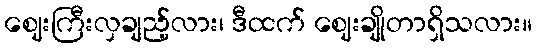
ဈေးကြီးလှချည့်လား၊ ဒီထက် ဈေးချိုတာရှိသလား။